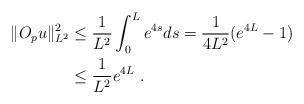
LaTeX: \begin{align*} \|O_pu\|^2_{L^2}&\le\frac{1}{L^2}\int_0^L e^{4s}ds=\frac{1}{4L^2}(e^{4L}-1)\\&\le \frac{1}{L^2}e^{4L}{~.}\end{align*}